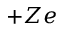
+ Z e